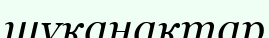
шұқанақтар